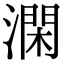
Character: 澖